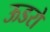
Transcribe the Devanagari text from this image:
ऊडरो